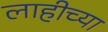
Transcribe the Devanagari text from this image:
लाहीच्या